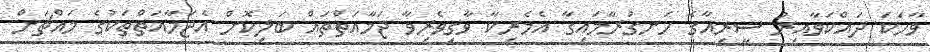
ވާހަކަ ދައްކަވާއިރު ސީރިއާގެ ހަނގުރާމައިގާ އެމެރިކާ ވާގިވެރިވާ ޖަމާއަތްތައް ބަލިކޮށް އެޖަމާއަތްތަކުގެ މައްޗަށް